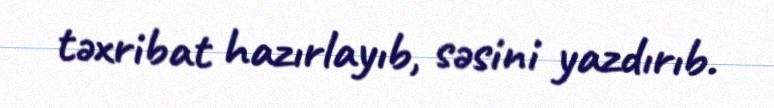
təxribat hazırlayıb, səsini yazdırıb.